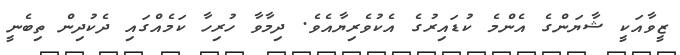
ޒީވާއަކީ ޝާޔަންގެ އެންމެ ކުޑައިރުގެ އެކުވެރިޔާއެވެ. ދިމާވާ ހުރިހާ ކަމެއްގައި ދެކުދިން ތިބެނީ